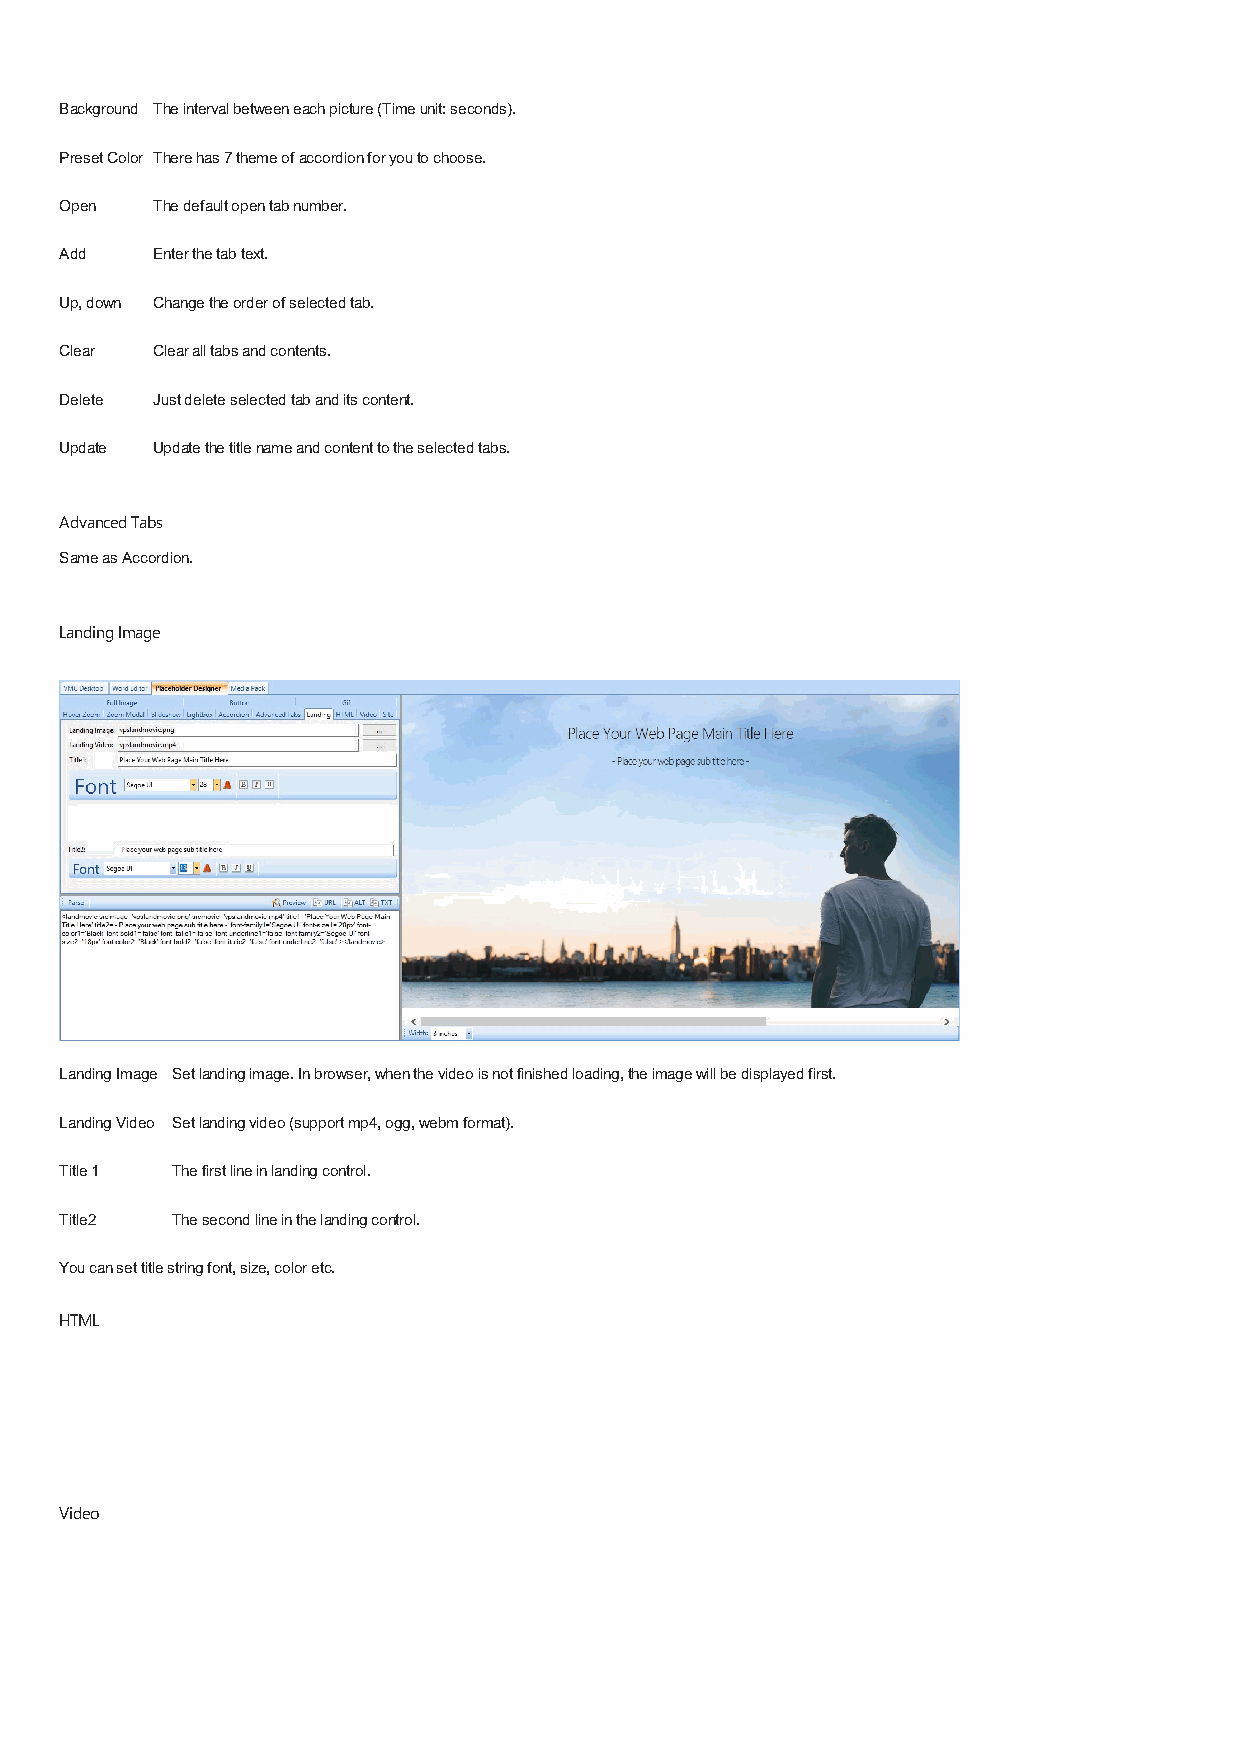
Background The interval between each picture (Time unit: seconds).
 Preset Color There has 7 theme of accordion for you to choose.
 Open  The default open tab number.
 Add   Enter the tab text.
 Up, down Change the order of selected tab.
 Clear Clear all tabs and contents.
 Delete Just delete selected tab and its content.
 Update Update the title name and content to the selected tabs.
 Advanced Tabs
 Same as Accordion.
 Landing Image
 Landing Image Set landing image. In browser, when the video is not finished loading, the image will be displayed first.
 Landing Video Set landing video (support mp4, ogg, webm format).
 Title 1 The first line in landing control.
 Title2 The second line in the landing control.
 You can set title string font, size, color etc.
 HTML
 Video